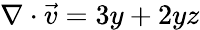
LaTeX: \nabla\cdot{\vec{v}}=3y+2yz